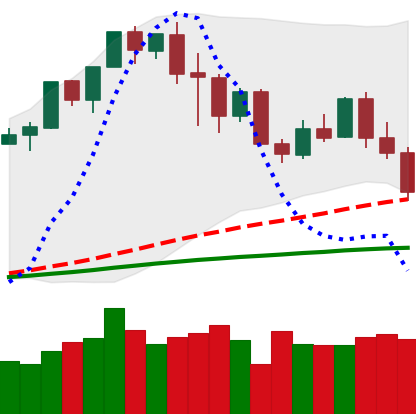
Ticker: XMR-USD
Chart end date: 2020-02-26
Forward return: -3.387%
Label: down_3_5